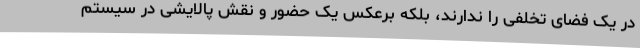
در یک فضای تخلفی را ندارند، بلکه برعکس یک حضور و نقش پالایشی در سیستم